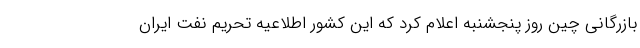
بازرگانی چین روز پنجشنبه اعلام کرد که این کشور اطلاعیه تحریم نفت ایران